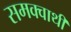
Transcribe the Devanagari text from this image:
समक्वाथी